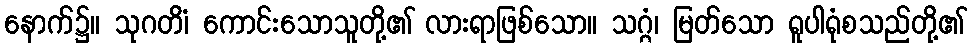
နောက်၌။ သုဂတိံ၊ ကောင်းသောသူတို့၏ လားရာဖြစ်သော။ သဂ္ဂံ၊ မြတ်သော ရူပါရုံစသည်တို့၏